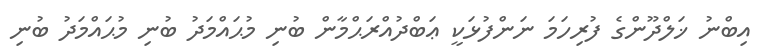
އިބްނު ޚަލްދޫންގެ ފުރިހަމަ ނަންފުޅަކީ ޢަބްދުއްރަޙްމާން ބުނި މުޙައްމަދު ބުނި މުޙައްމަދު ބުނި